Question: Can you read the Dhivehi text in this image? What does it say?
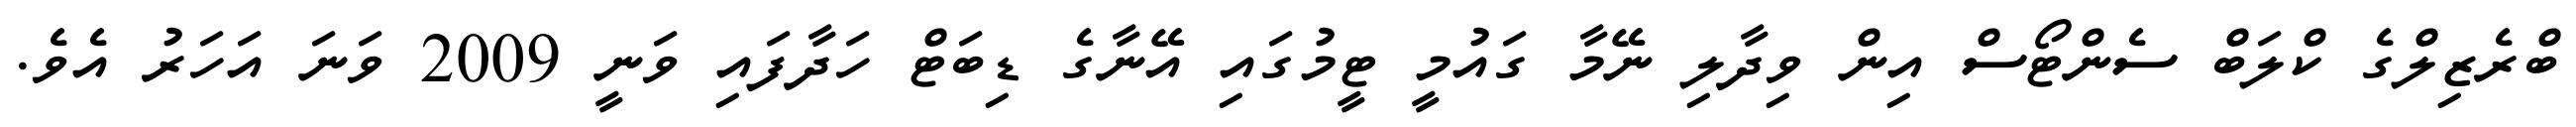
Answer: ބްރެޒިލްގެ ކްލަބް ސެންޓޯސް އިން ވިދާލި ނޭމާ ގައުމީ ޓީމުގައި އޭނާގެ ޑިބަޓް ހަދާފައި ވަނީ 2009 ވަނަ އަހަރު އެވެ.